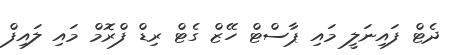
ދެޓް ފައިނަލީ މައި ޕާސްޓް ހޭޒް ގެޓް ރިޑް ފްރޮމް މައި ލައިފް